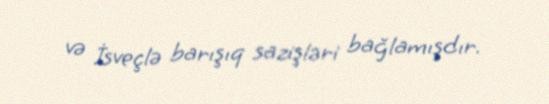
və İsveçlə barışıq sazişləri bağlamışdır.